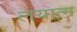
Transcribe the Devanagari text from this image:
लयात्म